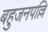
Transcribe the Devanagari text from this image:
बहुजनपल्लि